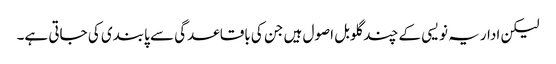
لیکن اداریہ نویسی کے چند گلوبل اصول ہیں جن کی باقاعدگی سے پابندی کی جاتی ہے۔